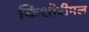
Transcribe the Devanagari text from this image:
किशोरीमल